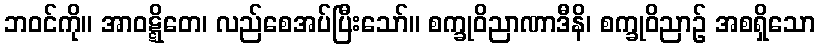
ဘဝင်ကို။ အာဝဋ္ဋိတေ၊ လည်စေအပ်ပြီးသော်။ စက္ခုဝိညာဏာဒီနိ၊ စက္ခုဝိညာဉ် အစရှိသော